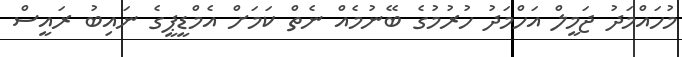
މުހައްމަދު ޖަމީލް އަހްމަދު ހުރުމުގެ ބޭނުމެއް ނެތް ކަމަށް އެމްޑީޕީގެ ނައިބު ރައީސް